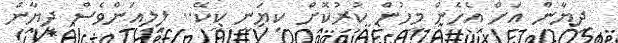
ދިޔާން އަށް އެހެން މީހުން ކުރުކޮށް ކިޔަނީ ކީކޭ.. ލިލިއަންވެސް ދިޔާން